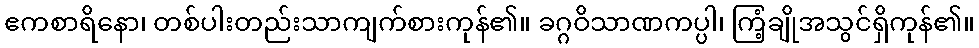
ဧကစာရိနော၊ တစ်ပါးတည်းသာကျက်စားကုန်၏။ ခဂ္ဂဝိသာဏကပ္ပါ၊ ကြံ့ချိုအသွင်ရှိကုန်၏။